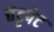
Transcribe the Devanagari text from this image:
चेट्टपेट